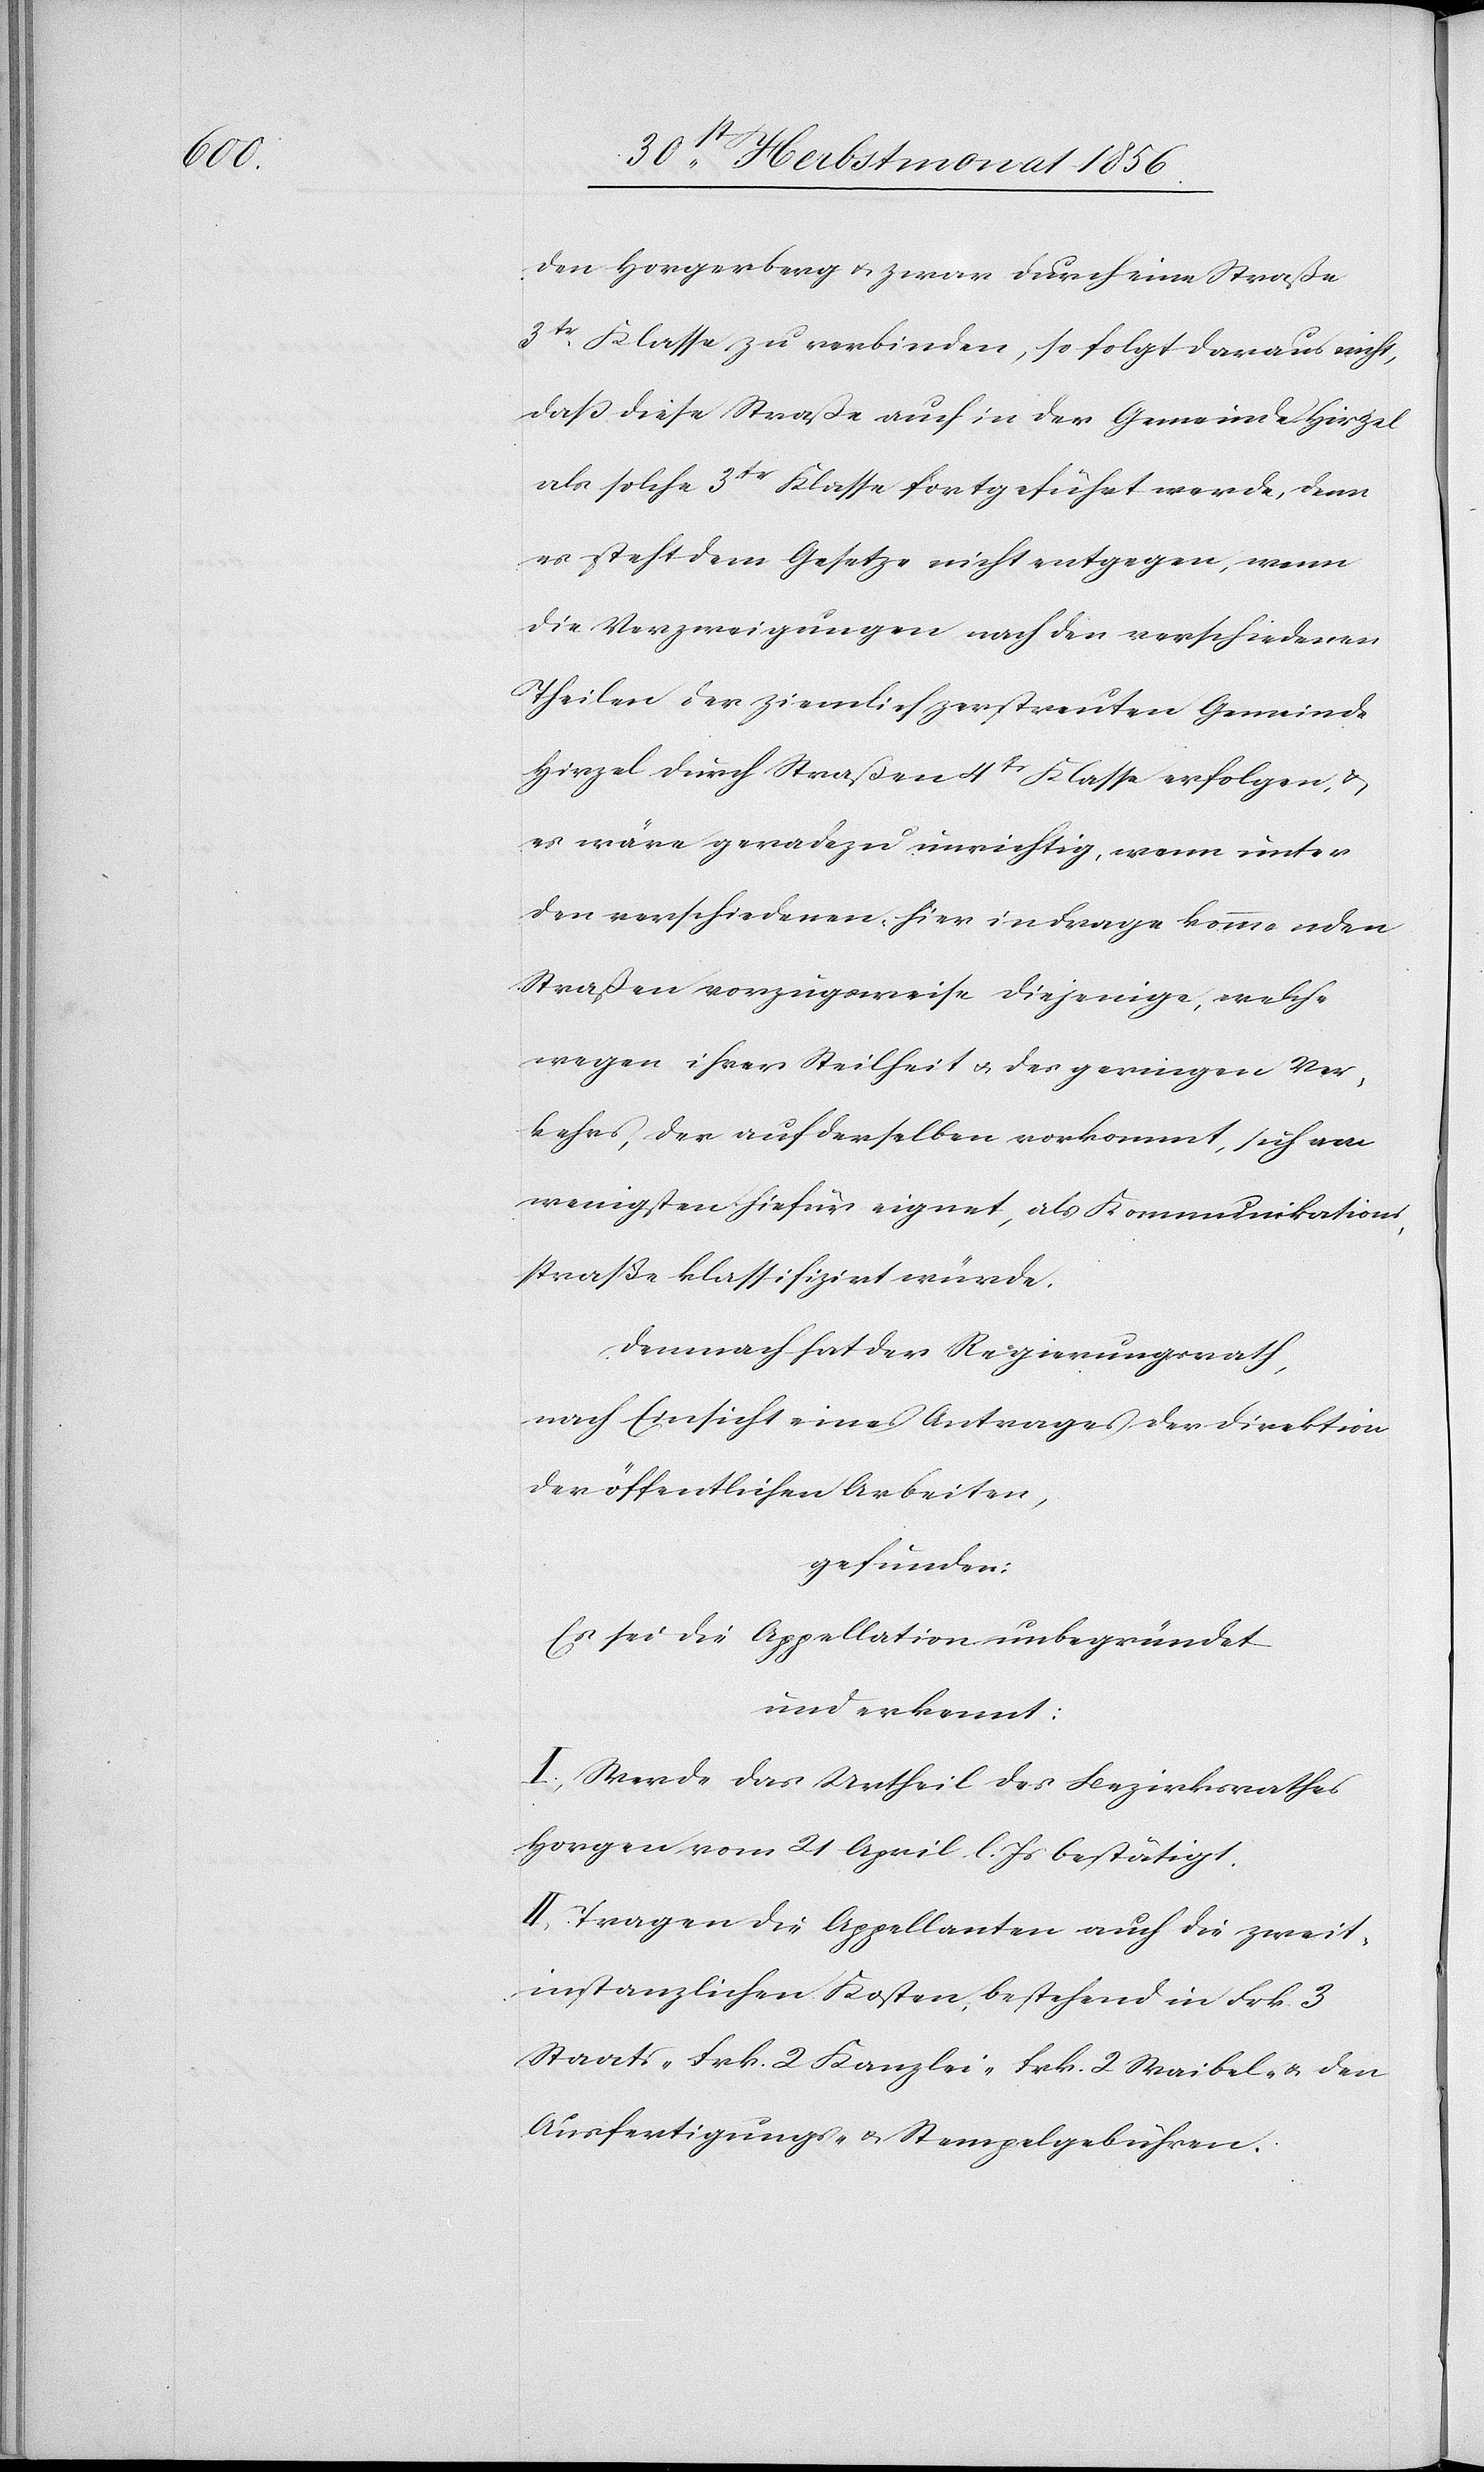
den Horgerberg u. zwar durch eine Straße
3tr Klasse zu verbinden, so folgt daraus nicht,
dass diese Straße auch in der Gemeinde Hirzel
als solche 3tr Klasse fortgeführt werde, denn
es steht dem Gesetze nicht entgegen, wenn
die Verzweigungen nach den verschiedenen
Theilen der ziemlich zerstreuten Gemeinde
Hirzel durch Straßen 4tr Klasse erfolgen, &
es wäre geradezu unrichtig, wenn unter
den verschiedenen, hier in Frage kommenden
Straßen vorzugsweise diejenige, welche
wegen ihrer Steilheit u. des geringen Ver¬
kehrs, der auf derselben vorkommt, sich am
wenigsten hiefür eignet, als Kommunikations¬
straße klassifizirt würde.
Demnach hat der Regierungsrath,
nach Einsicht eines Antrages der Direktion
der öffentlichen Arbeiten,
gefunden:
Es sei die Appellation unbegründet
und erkennt:
I.) Werde das Urtheil des Bezirksrathes
Horgen vom 21 April l. Js bestätigt.
II.) Tragen die Appellanten auch die zweit¬
instanzlichen Kosten, bestehend in Frk. 3
Staats-[,] Frk. 2 Kanzlei-[,] Frk. 2 Waibel- & den
Ausfertigungs- & Stempelgebühren.